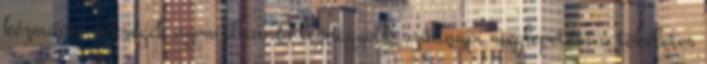
kézműves pékségek nyomában “A legnagyobb szülinapi meglepetés: a tökéletes